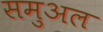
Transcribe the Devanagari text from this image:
समुअल